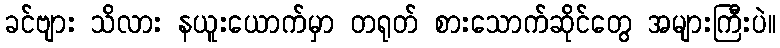
ခင်ဗျား သိလား နယူးယောက်မှာ တရုတ် စားသောက်ဆိုင်တွေ အများကြီးပဲ။